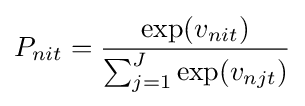
P_{nit}={\frac {\exp(v_{nit})}{\sum _{j=1}^{J}\exp(v_{njt})}}